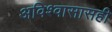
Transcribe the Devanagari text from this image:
अविश्वासासही